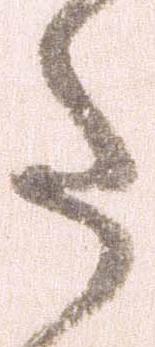
た